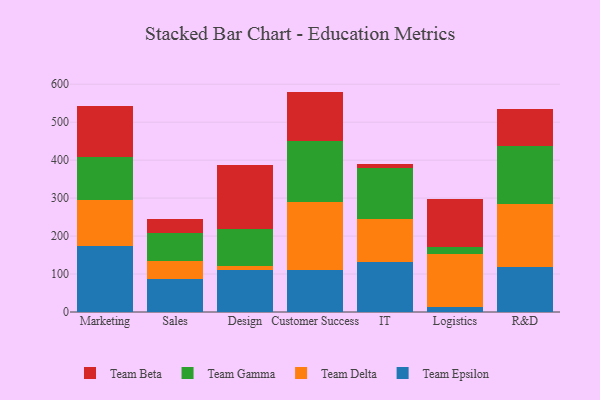
{"axis": {"x": "Department", "y": "Conversion Rate (%)"}, "legend": ["Team Beta", "Team Delta", "Team Epsilon", "Team Gamma"], "data": [{"x": "Marketing", "y": 173.3, "type": "Team Epsilon"}, {"x": "Marketing", "y": 120.9, "type": "Team Delta"}, {"x": "Marketing", "y": 112.8, "type": "Team Gamma"}, {"x": "Marketing", "y": 136.0, "type": "Team Beta"}, {"x": "Sales", "y": 87.9, "type": "Team Epsilon"}, {"x": "Sales", "y": 46.2, "type": "Team Delta"}, {"x": "Sales", "y": 73.3, "type": "Team Gamma"}, {"x": "Sales", "y": 38.1, "type": "Team Beta"}, {"x": "Design", "y": 110.4, "type": "Team Epsilon"}, {"x": "Design", "y": 11.0, "type": "Team Delta"}, {"x": "Design", "y": 96.0, "type": "Team Gamma"}, {"x": "Design", "y": 169.3, "type": "Team Beta"}, {"x": "Customer Success", "y": 109.4, "type": "Team Epsilon"}, {"x": "Customer Success", "y": 179.6, "type": "Team Delta"}, {"x": "Customer Success", "y": 162.6, "type": "Team Gamma"}, {"x": "Customer Success", "y": 128.9, "type": "Team Beta"}, {"x": "IT", "y": 130.7, "type": "Team Epsilon"}, {"x": "IT", "y": 115.3, "type": "Team Delta"}, {"x": "IT", "y": 134.6, "type": "Team Gamma"}, {"x": "IT", "y": 10.4, "type": "Team Beta"}, {"x": "Logistics", "y": 13.4, "type": "Team Epsilon"}, {"x": "Logistics", "y": 140.2, "type": "Team Delta"}, {"x": "Logistics", "y": 16.5, "type": "Team Gamma"}, {"x": "Logistics", "y": 128.3, "type": "Team Beta"}, {"x": "R&D", "y": 118.2, "type": "Team Epsilon"}, {"x": "R&D", "y": 165.2, "type": "Team Delta"}, {"x": "R&D", "y": 153.4, "type": "Team Gamma"}, {"x": "R&D", "y": 98.2, "type": "Team Beta"}]}